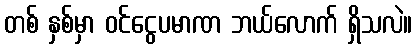
တစ် နှစ်မှာ ဝင်ငွေပမာဏ ဘယ်လောက် ရှိသလဲ။